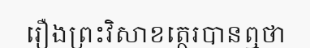
រឿងព្រះវិសាខត្ថេរបានឮថា